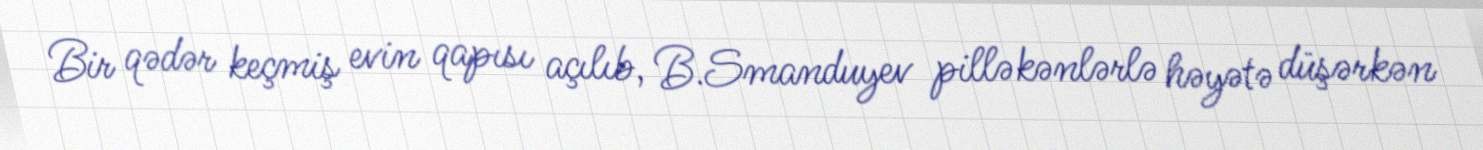
Bir qədər keçmiş evin qapısı açılıb, B.Smanduyev pilləkənlərlə həyətə düşərkən